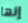
إنها